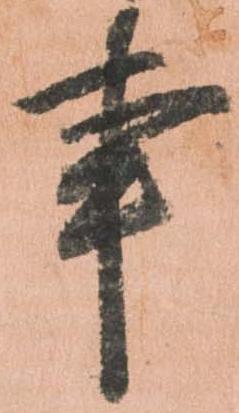
事